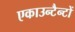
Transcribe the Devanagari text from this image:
एकाउन्टैन्टों